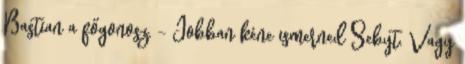
Bastian a főgonosz. - Jobban kéne ismerned Sebyt. Vagy